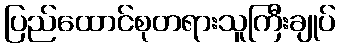
ပြည်ထောင်စုတရားသူကြီးချုပ်